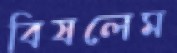
বিষলেম